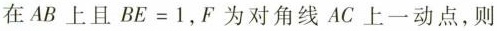
在AB上且$$B E = 1$$，F为对角线AC上一动点，则